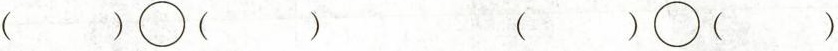
( )\bigcirc ( ) ( )\bigcirc ( )